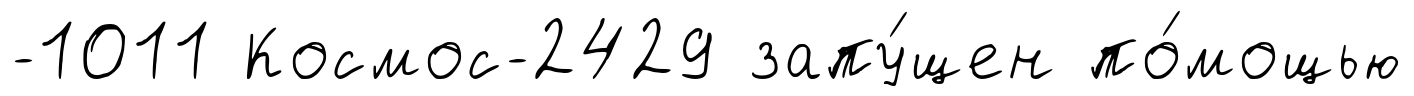
-1011 Космос-2429 запу́щен по́мощью